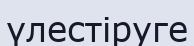
үлестіруге